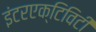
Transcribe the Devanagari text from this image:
इंटरएक्टिविटी